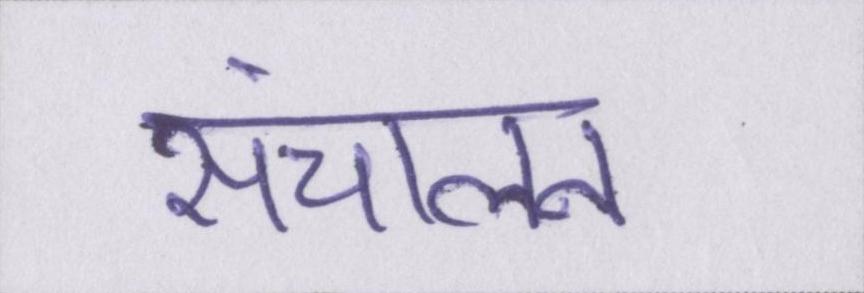
संचालन